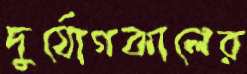
দুর্যোগকালের